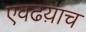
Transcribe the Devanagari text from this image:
एवढय़ाच